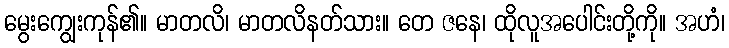
မွေးကျွေးကုန်၏။ မာတလိ၊ မာတလိနတ်သား။ တေ ဇနေ၊ ထိုလူအပေါင်းတို့ကို။ အဟံ၊